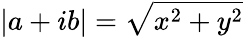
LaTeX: |a+ib|=\sqrt{x^{2}+y^{2}}